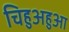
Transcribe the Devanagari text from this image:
चिहुअहुआ